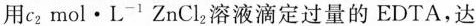
用c _ { 2}mol·L ^ { -1}ZnCl _ { 2}溶液滴定过量的EDTA，达